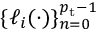
\{ \ell _ { i } ( \cdot ) \} _ { n = 0 } ^ { { p _ { \mathrm { t } } } - 1 }